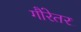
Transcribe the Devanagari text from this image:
गौरेतर